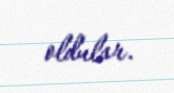
oldular.